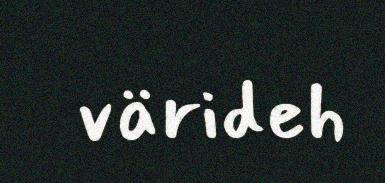
värideh